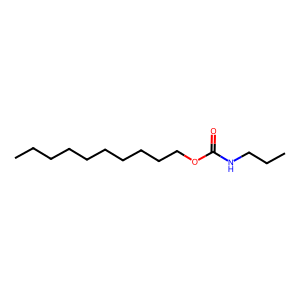
SMILES: CCCCCCCCCCOC(=O)NCCC
Inhibits HIV replication: No